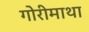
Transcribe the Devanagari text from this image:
गोरीमाथा